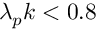
\lambda _ { p } k < 0 . 8